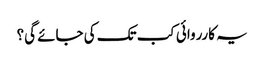
یہ کارروائی کب تک کی جائے گی؟